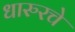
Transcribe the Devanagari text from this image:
धारुरचे